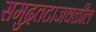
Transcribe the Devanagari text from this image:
समुद्रतटाजवळील